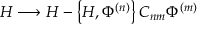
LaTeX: H \longrightarrow H - \left\{ H , \Phi ^ { ( n ) } \right\} C _ { n m } \Phi ^ { ( m ) }